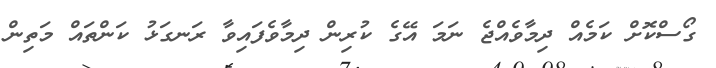
ގޯސްކޮށް ކަމެއް ދިމާވެއްޖެ ނަމަ އޭގެ ކުރިން ދިމާވެފައިވާ ރަނގަޅު ކަންތައް މަތިން